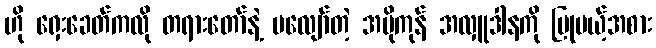
ဟို ရှေးခေတ်ကလို တရားတော်နဲ့ မလျော်တဲ့ အပိုကုန် အလှူဒါနကို ပြုမယ့်အစား